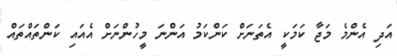
އަދި އެންމެ މަޖާ ކަމަކީ އެތަނަށް ކަންކަމު އަންނަ މީހުންނަށް އެއައި ކަންތައްތައް